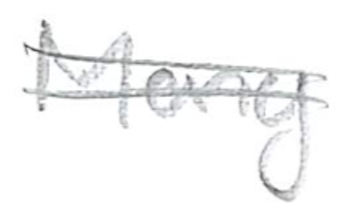
Text: Many
Cross-out: double-line
Writing tool: pencil